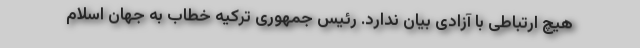
هیچ ارتباطی با آزادی بیان ندارد. رئیس جمهوری ترکیه خطاب به جهان اسلام